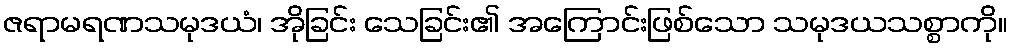
ဇရာမရဏသမုဒယံ၊ အိုခြင်း သေခြင်း၏ အကြောင်းဖြစ်သော သမုဒယသစ္စာကို။